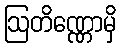
ဩတိဏ္ဏောမှိ